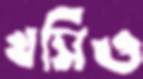
খসিও